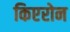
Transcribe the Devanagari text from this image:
किएरोन